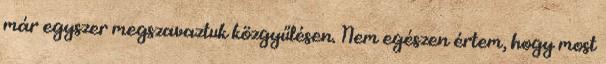
már egyszer megszavaztuk közgyűlésen. Nem egészen értem, hogy most